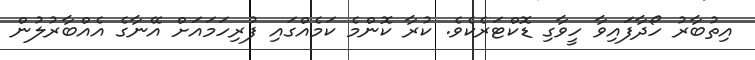
އިތުބާރު ހޯދާފައިވާ ހީވާގި ޑޮކްޓަރެކެވެ. ކުރާ ކޮންމެ ކަމެއްގައި ފުރިހަމައަށް އޭނާގެ އެއްބާރުލުން